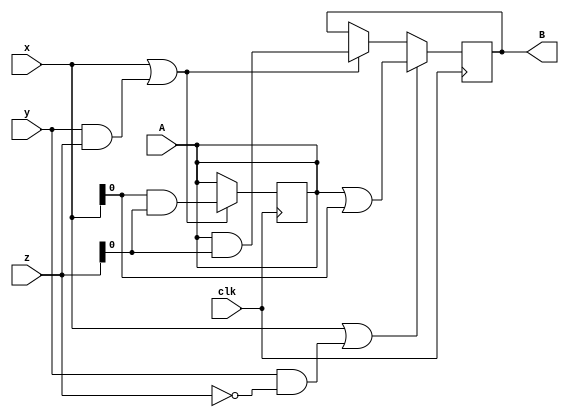
module top
(
 input [1:0] x,
 input [1:0] y,
 input [1:0] z,
 input clk,

 input A,
 output reg B
 );

 initial begin
    B = 0;
 end

always @(posedge clk) begin
    if (x || y && z)
        B <=  A & z;
    if (x || y && !z)
        B <=  A | x;
end

always @(negedge clk) begin
    if (x || y && z)
        A <=  x & z;
end

endmodule